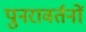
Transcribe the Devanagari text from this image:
पुनरावर्तनों